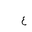
Letter: _ayn